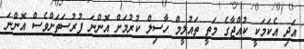
އަދި އެކަމަކީ ކުއްޖާގެ މަތީ ތައުލީމް ހާސިލް ކުރުމަށް އޮންނަ ފުރުސަތަށްވެސް އޮންނަ